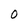
Character: 0